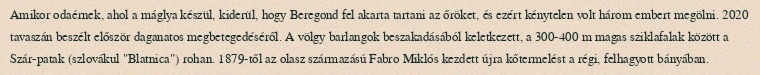
Amikor odaérnek, ahol a máglya készül, kiderül, hogy Beregond fel akarta tartani az őröket, és ezért kénytelen volt három embert megölni. 2020 tavaszán beszélt először daganatos megbetegedéséről. A völgy barlangok beszakadásából keletkezett, a 300-400 m magas sziklafalak között a Szár-patak (szlovákul "Blatnica") rohan. 1879-től az olasz származású Fabro Miklós kezdett újra kőtermelést a régi, felhagyott bányában.